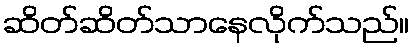
ဆိတ်ဆိတ်သာနေလိုက်သည်။